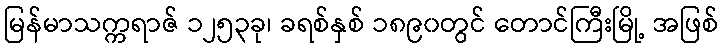
မြန်မာသက္ကရာဇ် ၁၂၅၃ခု၊ ခရစ်နှစ် ၁၈၉၀တွင် တောင်ကြီးမြို့ အဖြစ်